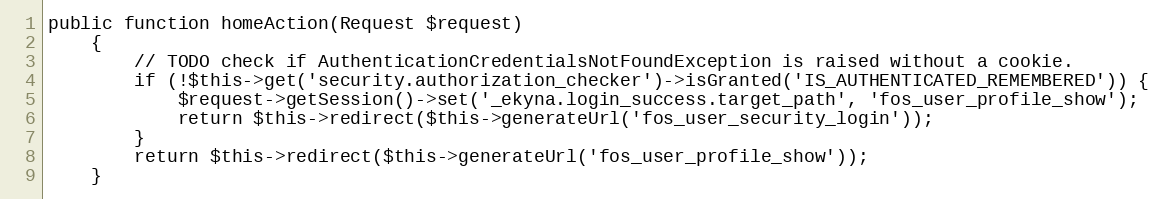
Language: PHP
public function homeAction(Request $request)
    {
        // TODO check if AuthenticationCredentialsNotFoundException is raised without a cookie.
        if (!$this->get('security.authorization_checker')->isGranted('IS_AUTHENTICATED_REMEMBERED')) {
            $request->getSession()->set('_ekyna.login_success.target_path', 'fos_user_profile_show');
            return $this->redirect($this->generateUrl('fos_user_security_login'));
        }
        return $this->redirect($this->generateUrl('fos_user_profile_show'));
    }